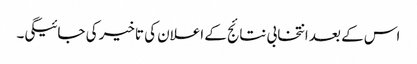
اس کے بعد انتخابی نتائج کے اعلان کی تاخیر کی جائیگی۔